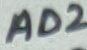
Text: AD2